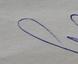
Signature authenticity: genuine